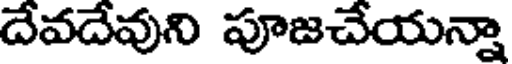
దేవదేవుని పూజచేయన్నా